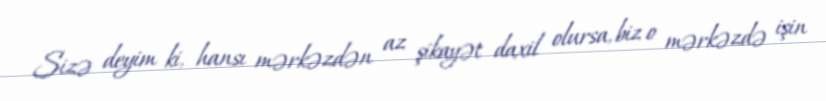
Sizə deyim ki, hansı mərkəzdən az şikayət daxil olursa, biz o mərkəzdə işin